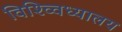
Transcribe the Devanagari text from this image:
विश्व्विध्यालय